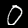
Digit: 0